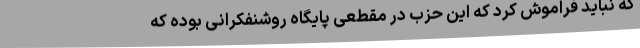
که نباید فراموش کرد که این حزب در مقطعی پایگاه روشنفکرانی بوده که